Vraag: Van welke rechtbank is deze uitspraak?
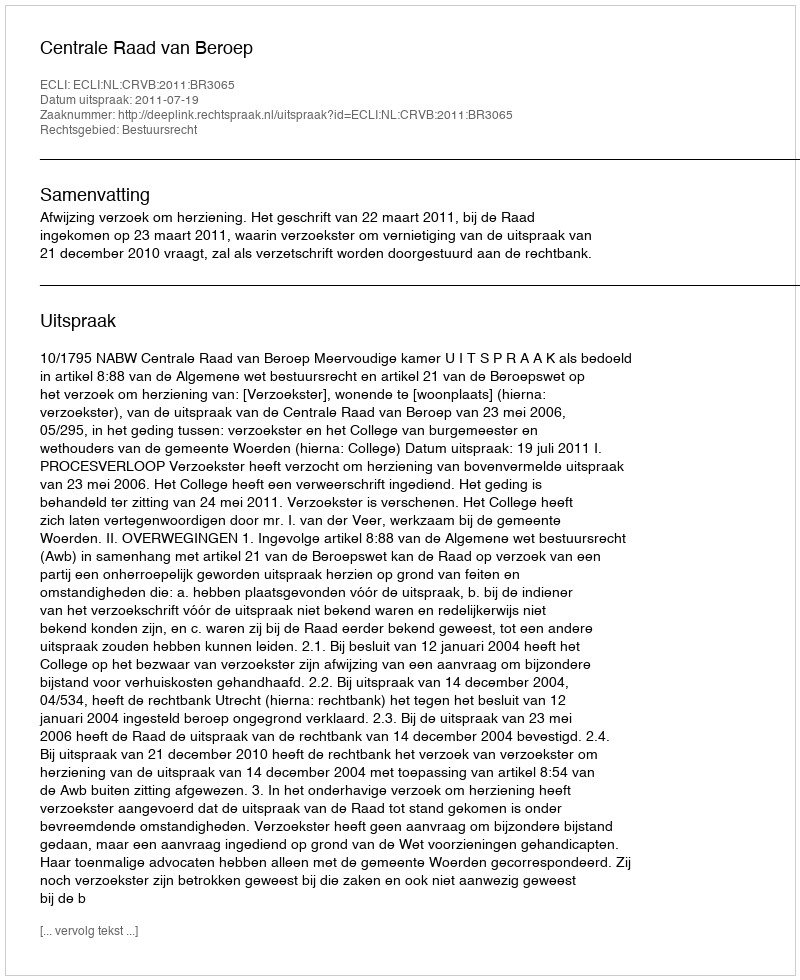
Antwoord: Centrale Raad van Beroep